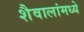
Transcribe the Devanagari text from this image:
शैवालांमध्ये